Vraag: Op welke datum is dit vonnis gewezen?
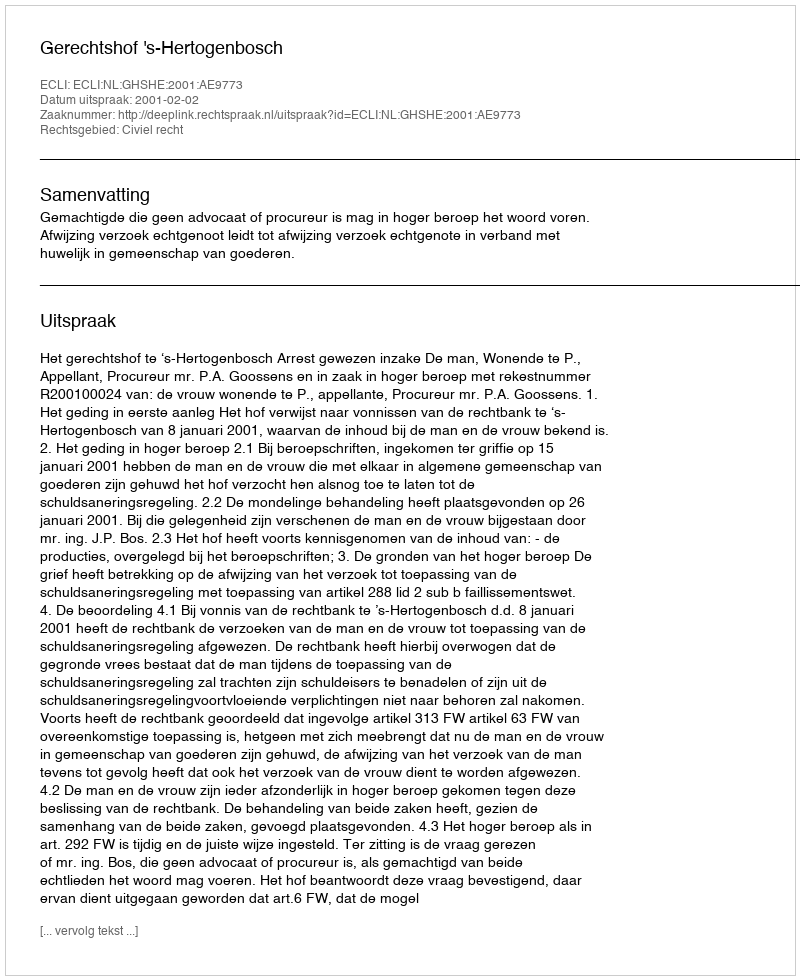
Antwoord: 2001-02-02